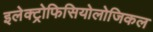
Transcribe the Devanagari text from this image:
इलेक्ट्रोफिसियोलोजिकल